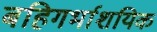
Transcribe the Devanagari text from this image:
बहिगर्भाशयिक